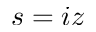
s = i z